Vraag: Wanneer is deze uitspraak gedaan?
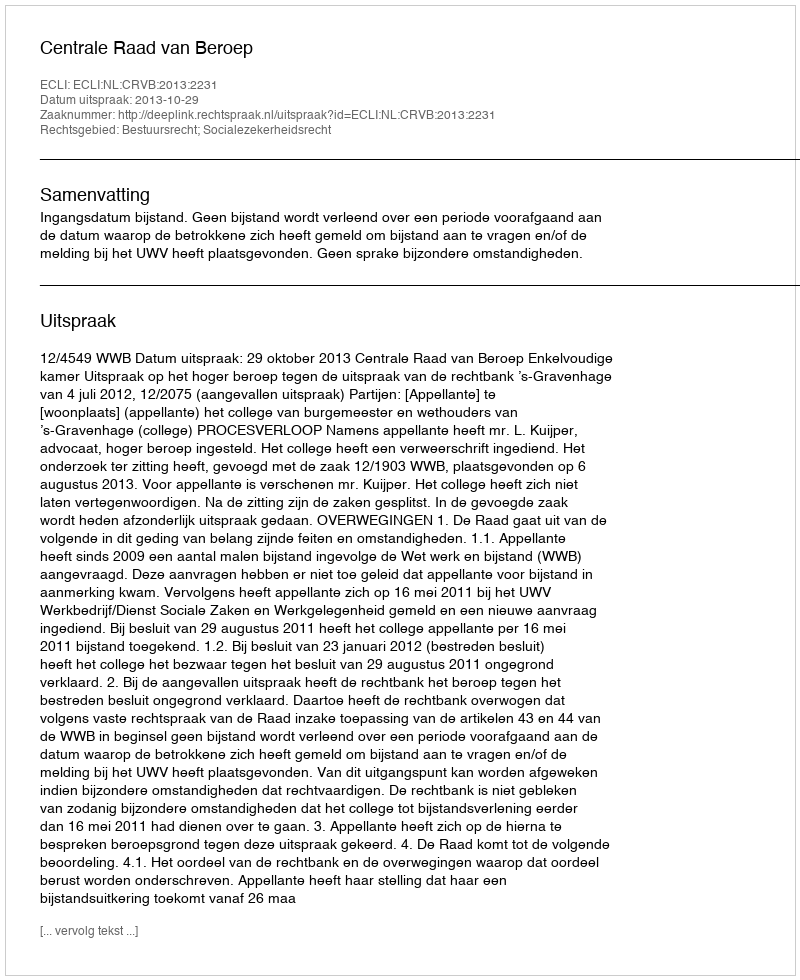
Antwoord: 2013-10-29